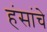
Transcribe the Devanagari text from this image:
हंसांचे